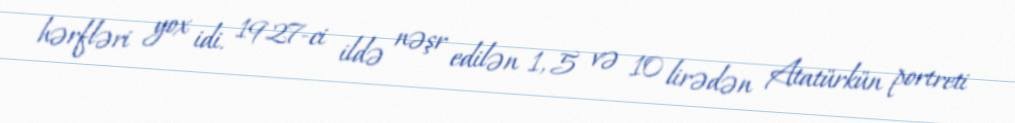
hərfləri yox idi. 1927-ci ildə nəşr edilən 1, 5 və 10 lirədən Atatürkün portreti